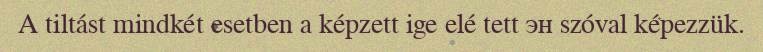
A tiltást mindkét esetben a képzett ige elé tett эн szóval képezzük.